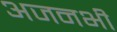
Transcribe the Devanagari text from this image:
अजनभी